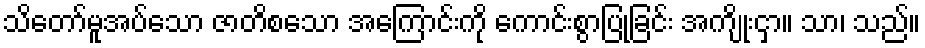
သိတော်မူအပ်သော ဇာတိစသော အကြောင်းကို ကောင်းစွာပြုခြင်း အကျိုးငှာ။ သာ၊ သည်။